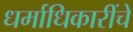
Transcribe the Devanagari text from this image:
धर्माधिकारींचे